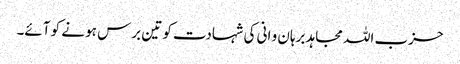
حزب اللہ مجاہد برہان و انی کی شہادت کو تین برس ہو نے کو آئے۔